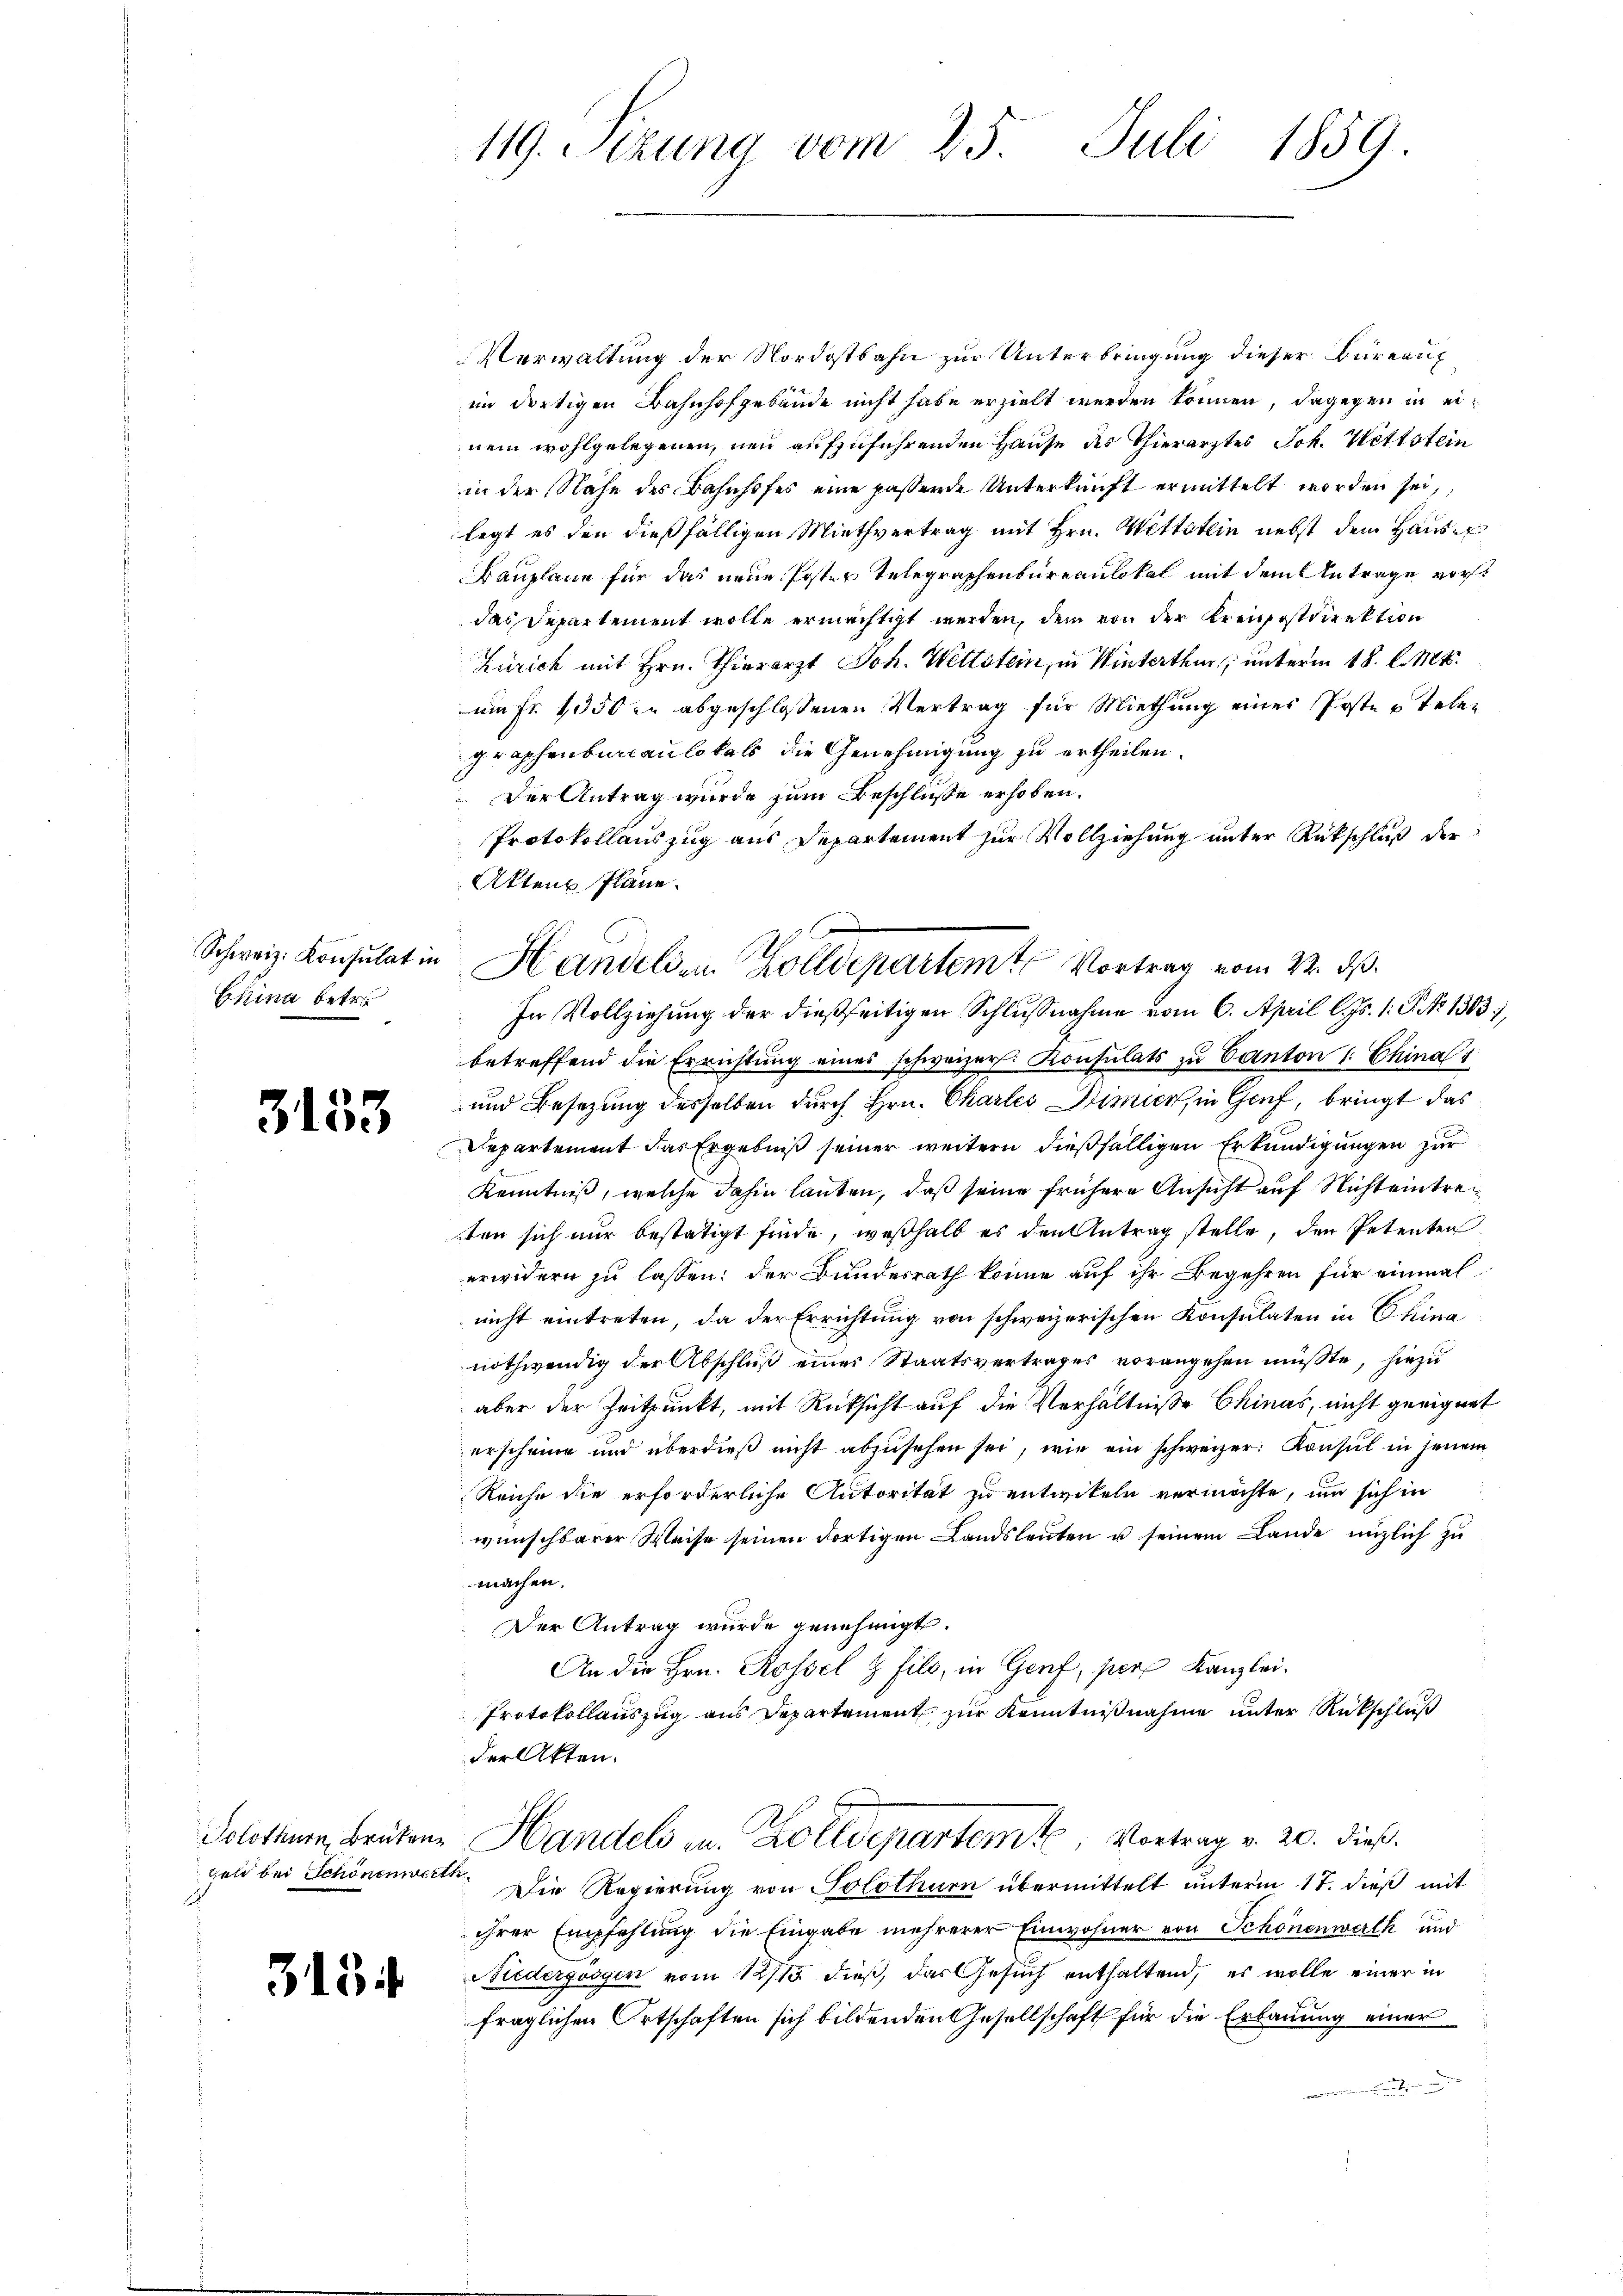
China betre

3153

3134

119. Sizung vom 25. Juli 1859.

Verwaltung der Nordostbahn zur Unterbringung dieser Büreaufim dortigen Bahnhofgebäude nicht habe erzielt werden können, dagegen in einem wohlgelegenen, neu aufzuführenden Hause des Thierarztes Joh. Wettstein
in der Nähe des Bahnhofes eine passende Unterkunft ermittelt worden sei,
legt es den dießfälligen Miethvertrag mit Hrn. Wettstein nebst dem Haus-
Bauplane für das neue Posten Telegraphenbureaulokal mit dem Antrage vorst
das Departement wolle ermächtigt werden, dem von der Kreipostdirektion
Zürich mit Hrn. Thierarzt Joh. Wettstein, in Winterthur unterm 18. d. Mts.
um Fr. 1050 er abgeschlossenen Vertrag für Miethung einer Poste u Telegraphenbureaulokals die Genehmigung zu ertheilen.
Der Antrag wurde zum Beschlüße erhoben.
Protokollauszug aus Departement zur Vollziehung unter Rückschluß der
Akten Pläne.
In Vollziehung der dießseitigen Schlußnahme vom 6. April l. Js. 1. P. 1303),
betreffend die Errichtung eines schweizer. Konsulats zu Canton 1. China 1
und Besetzung desselben durch Hrn. Chartes Dimier, in Genf, bringt das
Departement das Ergebniß seiner weitern dießfälligen Erkundigungen zur
Kenntniß, welche dahin lauten, daß seine frühere Ansicht auf Nicht eintreten sich nur bestätigt finde, weßhalb es den Antrag stelle, den Petenten
erwidern zu lassen: der Bundesrath könne auf ihr Begehren für einmal
nicht eintreten, da der Errichtung von schweizerischen Konsulaten in China
nothwendig der Abschluß eines Staatsvertrages vorangehen müßte, hiezu
aber der Zeitpunkt, mit Rücksicht auf die Verhältniße Chinas, nicht geeignet
erscheine und überdieß nicht abzusehen sei, wie ein schweizer Konsul in jenem
Reiche die erforderliche Autorität zu entwikeln vermöchte, um sich in
wünschbarer Weise seinen dortigen Landsleuten u seinem Lande unzlich zu
machen.
Der Antrag wurde genehmigt.
An die Hrn. Rossel & fils, in Genf, per Kanzlei¬
Protokollauszug aus Departement zur Kenntnißnahme unter Rückschluß
der Akten.
Solothurn, Brüten, Handels in Zolldepartem Vortrag v. 20. dieß.
geld bei Schönenwerte. Die Regierung von Solothurn übermittelt unterm 17. dieß mit
ihrer Empfehlung die Eingabe mehrerer Einwohner von Schönenwerth und
Niedergungen vom 12/15. dieß, das Gesuch enthaltend, es wolle einer in
fraglichen Ortschaften sich bildenden Gesellschaft für die Erbauung einer
wenn in

Schweiz. Konsulatin Handels ein Zolldepartemt Vortrag vom 22. ds.